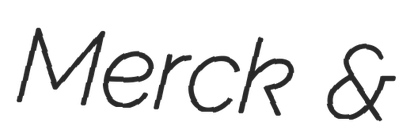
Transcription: Merck &